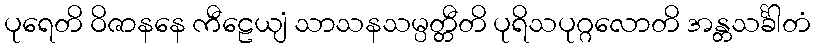
ပုရေတိ ဝိဇာနနေ ကီဠေယျံ သာသနသမ္ပတ္တီတိ ပုရိသပုဂ္ဂလောတိ အန္တသင်္ခါတံ